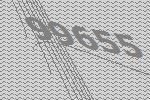
99655